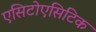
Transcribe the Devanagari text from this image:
एसिटोएसिटिक